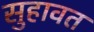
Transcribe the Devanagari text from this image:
सुहावत